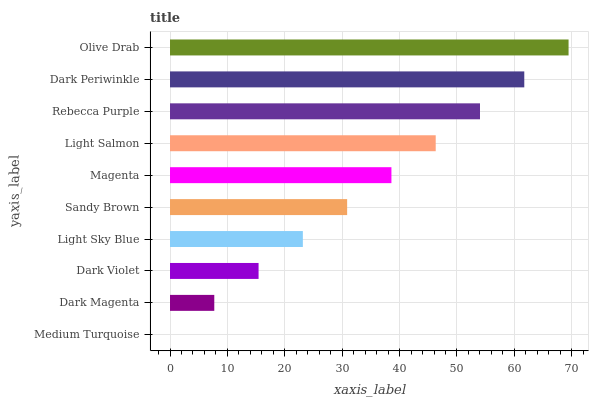
| yaxis_label | bars |
 | --- | --- |
 | Medium Turquoise | 0 |
 | Dark Magenta | 7.72 |
 | Dark Violet | 15.4 |
 | Light Sky Blue | 23.1 |
 | Sandy Brown | 30.9 |
 | Magenta | 38.6 |
 | Light Salmon | 46.3 |
 | Rebecca Purple | 54 |
 | Dark Periwinkle | 61.7 |
 | Olive Drab | 69.4 |